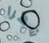
شهرا